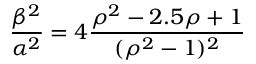
\frac { \beta ^ { 2 } } { \alpha ^ { 2 } } = 4 \frac { \rho ^ { 2 } - 2 . 5 \rho + 1 } { ( \rho ^ { 2 } - 1 ) ^ { 2 } }